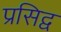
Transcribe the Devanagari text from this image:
प्रसिद्व